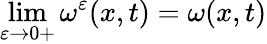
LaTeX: \operatorname*{lim}_{\varepsilon\rightarrow 0+}\omega^{\varepsilon}(x,t)=\omega(x,t)